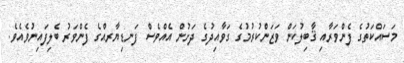
މަސައްކަތުގެ ފެންވަރާއި ޤާބިލުކަން ވަޒަންކުރުމުގެ ގަވާއިދުގެ ދަށުން އެއްވެސް ފަނޑިޔާރއްގެ ފެންވަރު ބެލިފައިނުވެއެވެ.